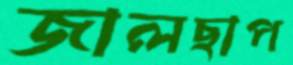
জালছাপ